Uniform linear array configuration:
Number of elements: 64
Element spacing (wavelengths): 1
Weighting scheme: binomial
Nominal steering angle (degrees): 15
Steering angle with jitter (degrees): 14.704
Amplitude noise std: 0.05
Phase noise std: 0.05

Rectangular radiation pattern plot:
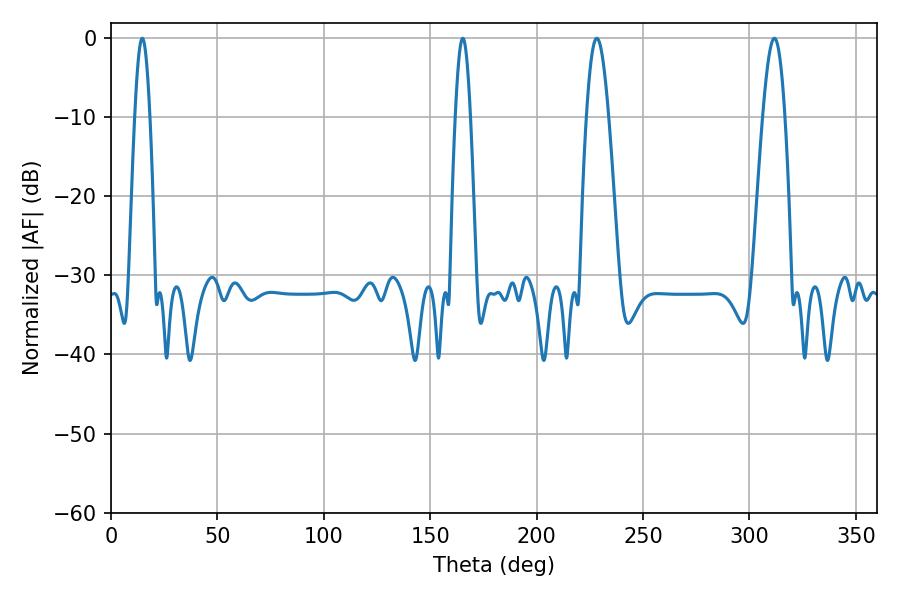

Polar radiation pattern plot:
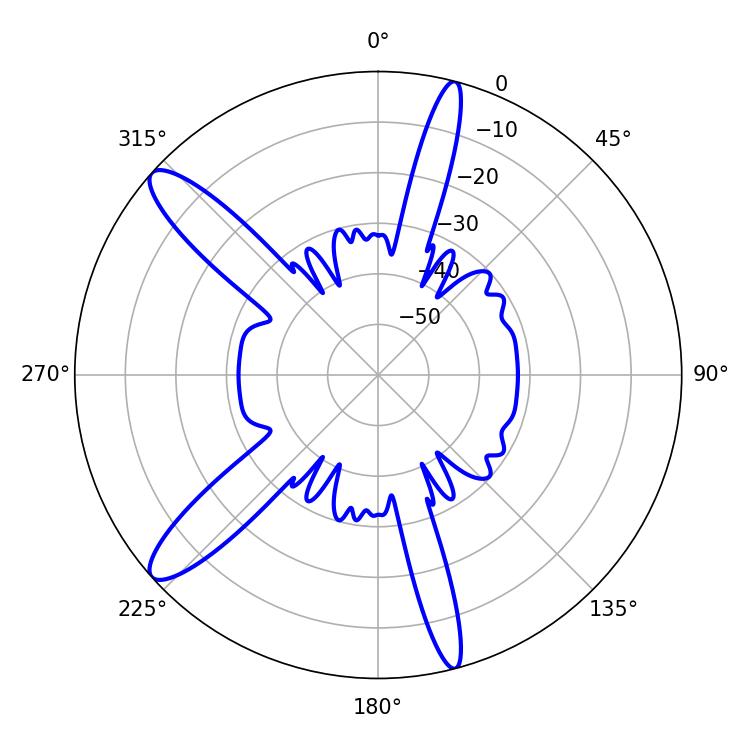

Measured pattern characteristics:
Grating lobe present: TRUE
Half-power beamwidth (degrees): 5.58
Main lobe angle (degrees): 311.76